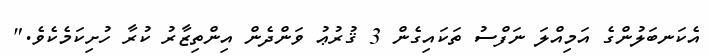
އެކަނބަލުންގެ އަމިއްލަ ނަފްސު ތަކައިގެން 3 ޤުރުޢު ވަންދެން އިންތިޒާރު ކުރާ ހުށިކަމެކެވެ."